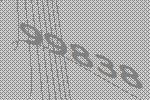
99838